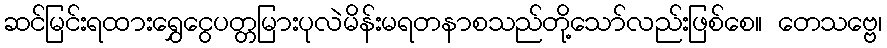
ဆင်မြင်းရထားရွှေငွေပတ္တမြားပုလဲမိန်းမရတနာစသည်တို့သော်လည်းဖြစ်စေ။ တေသဗ္ဗေ၊